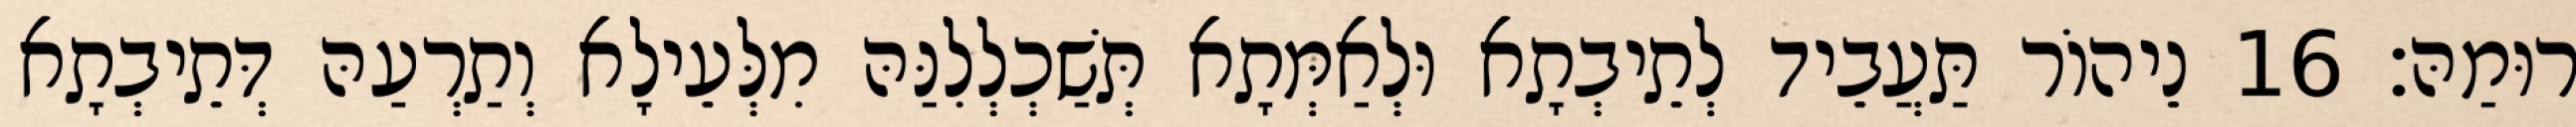
רוּמַהּ׃ 16 נֵיהוֹר תַּעֲבֵיד לְתֵיבְתָא וּלְאַמְּתָא תְּשַׁכְלְלִנַּהּ מִלְּעֵילָא וְתַרְעַהּ דְּתֵיבְתָא